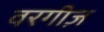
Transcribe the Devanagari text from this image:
वरगीज़